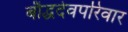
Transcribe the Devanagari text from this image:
बौद्धदेवपरिवार